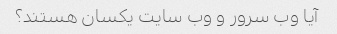
آیا وب سرور و وب سایت یکسان هستند؟